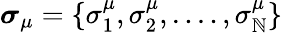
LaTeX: \boldsymbol\sigma_{\mu}=\{ \sigma_{1}^{\mu},\sigma_{2}^{\mu},....,\sigma_{\mathbb{N}}^{\mu}\}